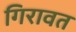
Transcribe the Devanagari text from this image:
गिरावत